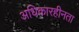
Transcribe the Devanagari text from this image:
अधिकारहीनता